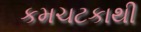
કમચટકાથી